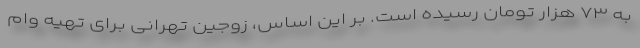
به ۷۳ هزار تومان رسیده است. بر این اساس، زوجین تهرانی برای تهیه وام